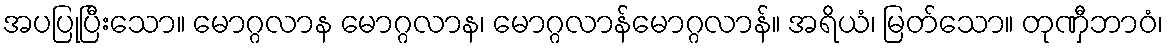
အပပြုပြီးသော။ မောဂ္ဂလာန မောဂ္ဂလာန၊ မောဂ္ဂလာန်မောဂ္ဂလာန်။ အရိယံ၊ မြတ်သော။ တုဏှီဘာဝံ၊